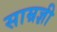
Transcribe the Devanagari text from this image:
साम्रज्ञी